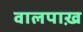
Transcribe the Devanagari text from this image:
वालपाख़